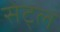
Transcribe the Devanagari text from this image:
सेट्ल